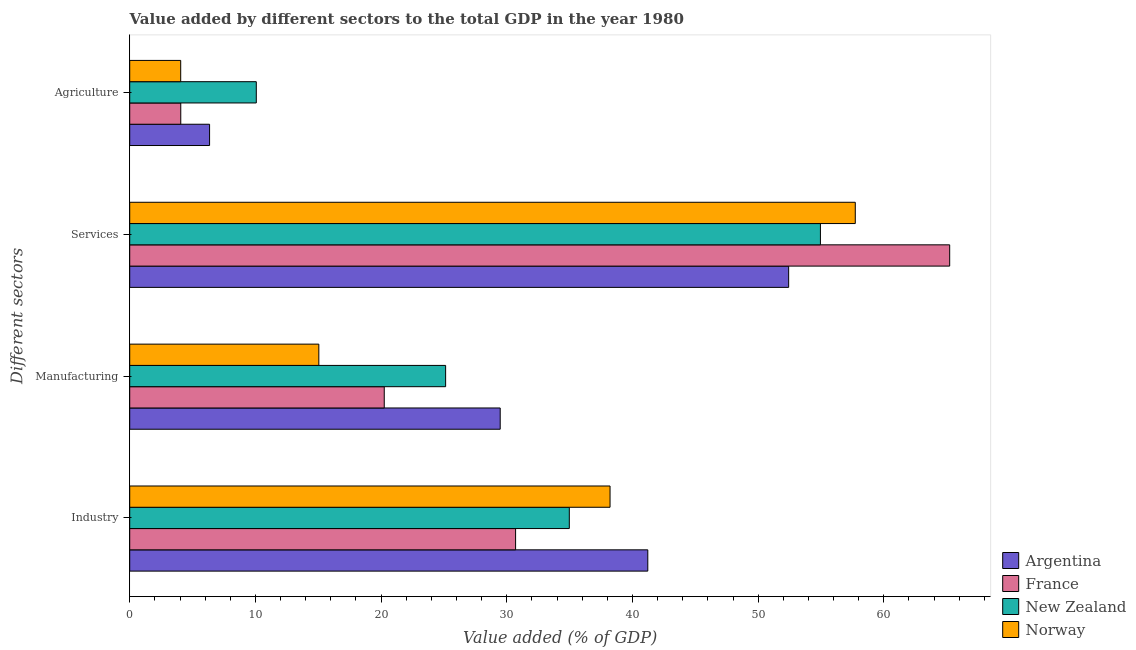
| Different sectors | Argentina | France | New Zealand | Norway |
 | --- | --- | --- | --- | --- |
 | Industry | 41.2 | 30.7 | 35 | 38.2 |
 | Manufacturing | 29.5 | 20.3 | 25.1 | 15 |
 | Services | 52.4 | 65.2 | 55 | 57.7 |
 | Agriculture | 6.35 | 4.06 | 10.1 | 4.06 |